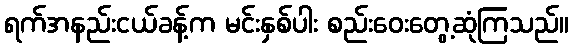
ရက်အနည်းငယ်ခန့်က မင်းနှစ်ပါး စည်းဝေးတွေ့ဆုံကြသည်။